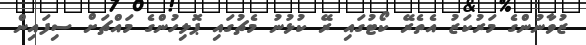
ޒުވާނުންގެ މަރުކަޒު އެތެރޭ ކޯޓުގައި ރޭ ކުޅުނު މެޗުގައި ޕޮލިހުންގެ މައްޗަށް ސިފައިން